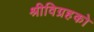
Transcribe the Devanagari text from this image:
श्रीविग्रहको